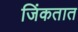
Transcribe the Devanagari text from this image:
जिंकतात